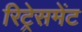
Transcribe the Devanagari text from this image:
रिट्रेसमेंट